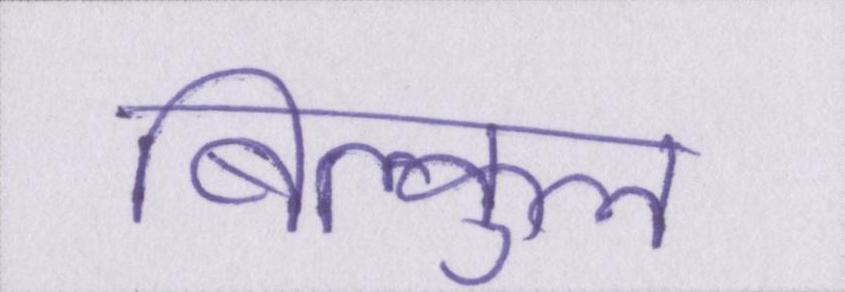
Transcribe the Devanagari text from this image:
बिल्कुल